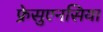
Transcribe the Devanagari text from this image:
फ्रेसुएनसिया